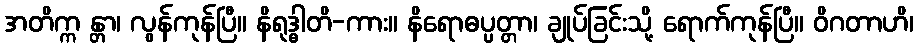
အတိက္က န္တာ၊ လွန်ကုန်ပြီ။ နိရုဒ္ဓါတိ-ကား။ နိရောဓပ္ပတ္တာ၊ ချုပ်ခြင်းသို့ ရောက်ကုန်ပြီ။ ဝိဂတာဟိ၊